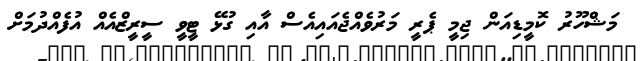
މަޝްހޫރު ކޮމީޑިއަން ޖިމީ ޕެރީ މަރުވެއްޖެއައިއެސް އާއި ގުޅޭ ޓީވީ ސީރީޒްއެއް އުފެއްދުމަށް